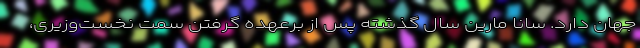
جهان دارد. سانا مارین سال گذشته پس از برعهده گرفتن سمت نخست‌وزیری،